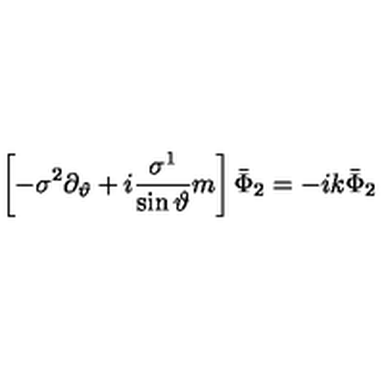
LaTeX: \left[ - \sigma ^ { 2 } \partial _ { \vartheta } + i \frac { \sigma ^ { 1 } } { \sin \vartheta } m \right] \bar { \Phi } _ { 2 } = - i k \bar { \Phi } _ { 2 }